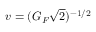
v = ( G _ { F } { \sqrt { 2 } } ) ^ { - 1 / 2 }